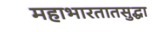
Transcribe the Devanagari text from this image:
महाभारतातसुद्धा